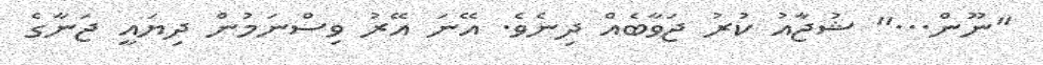
''ނޫން...'' ޝުޖާއު ކުރު ޖަވާބެއް ދިނެވެ. އޭނަ އޭރު ވިސްނަމުން ދިޔައީ ޖަނާގެ